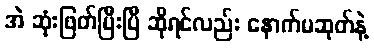
အဲ ဆုံးဖြတ်ပြီးပြီ ဆိုရင်လည်း နောက်မဆုတ်နဲ့